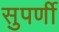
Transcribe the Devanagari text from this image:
सुपर्णी